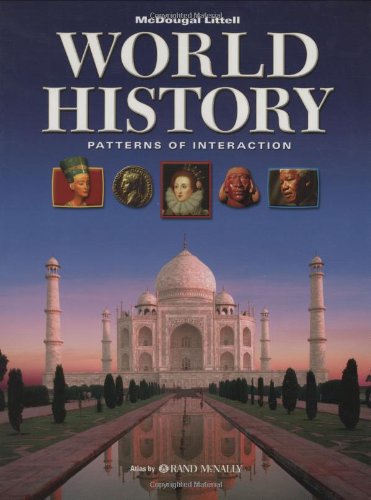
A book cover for World History: Patterns of Interaction: Student Edition 2007; MCDOUGAL LITTEL; Teen & Young Adult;